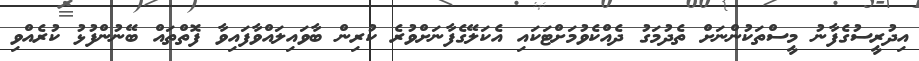
އިދުރީސުގެފާނު މީސްތަކުންނަށް ތެދުމަގު ދެއްކެވުމަށްޓަކައި އެކަލޭގެފާނަށްވުރެ ކުރިން ބާވައިލައްވާފައިވާ ފޮތްތައް ބޭނުންފުޅު ކުރެއްވި